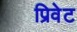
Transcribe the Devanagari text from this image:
प्रिवेट